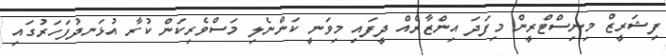
ފިޝަރީޒް މިނިސްޓްރީން މިފަދަ އިންޒާރެއް ދީފައި މިވަނީ ކަންނެލި މަސްވެރިކަން ކުރާ އުޅަނދުފަހަރުގައި